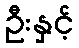
ဦးနှင့်